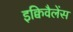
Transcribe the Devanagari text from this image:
इक्विवैलेंस